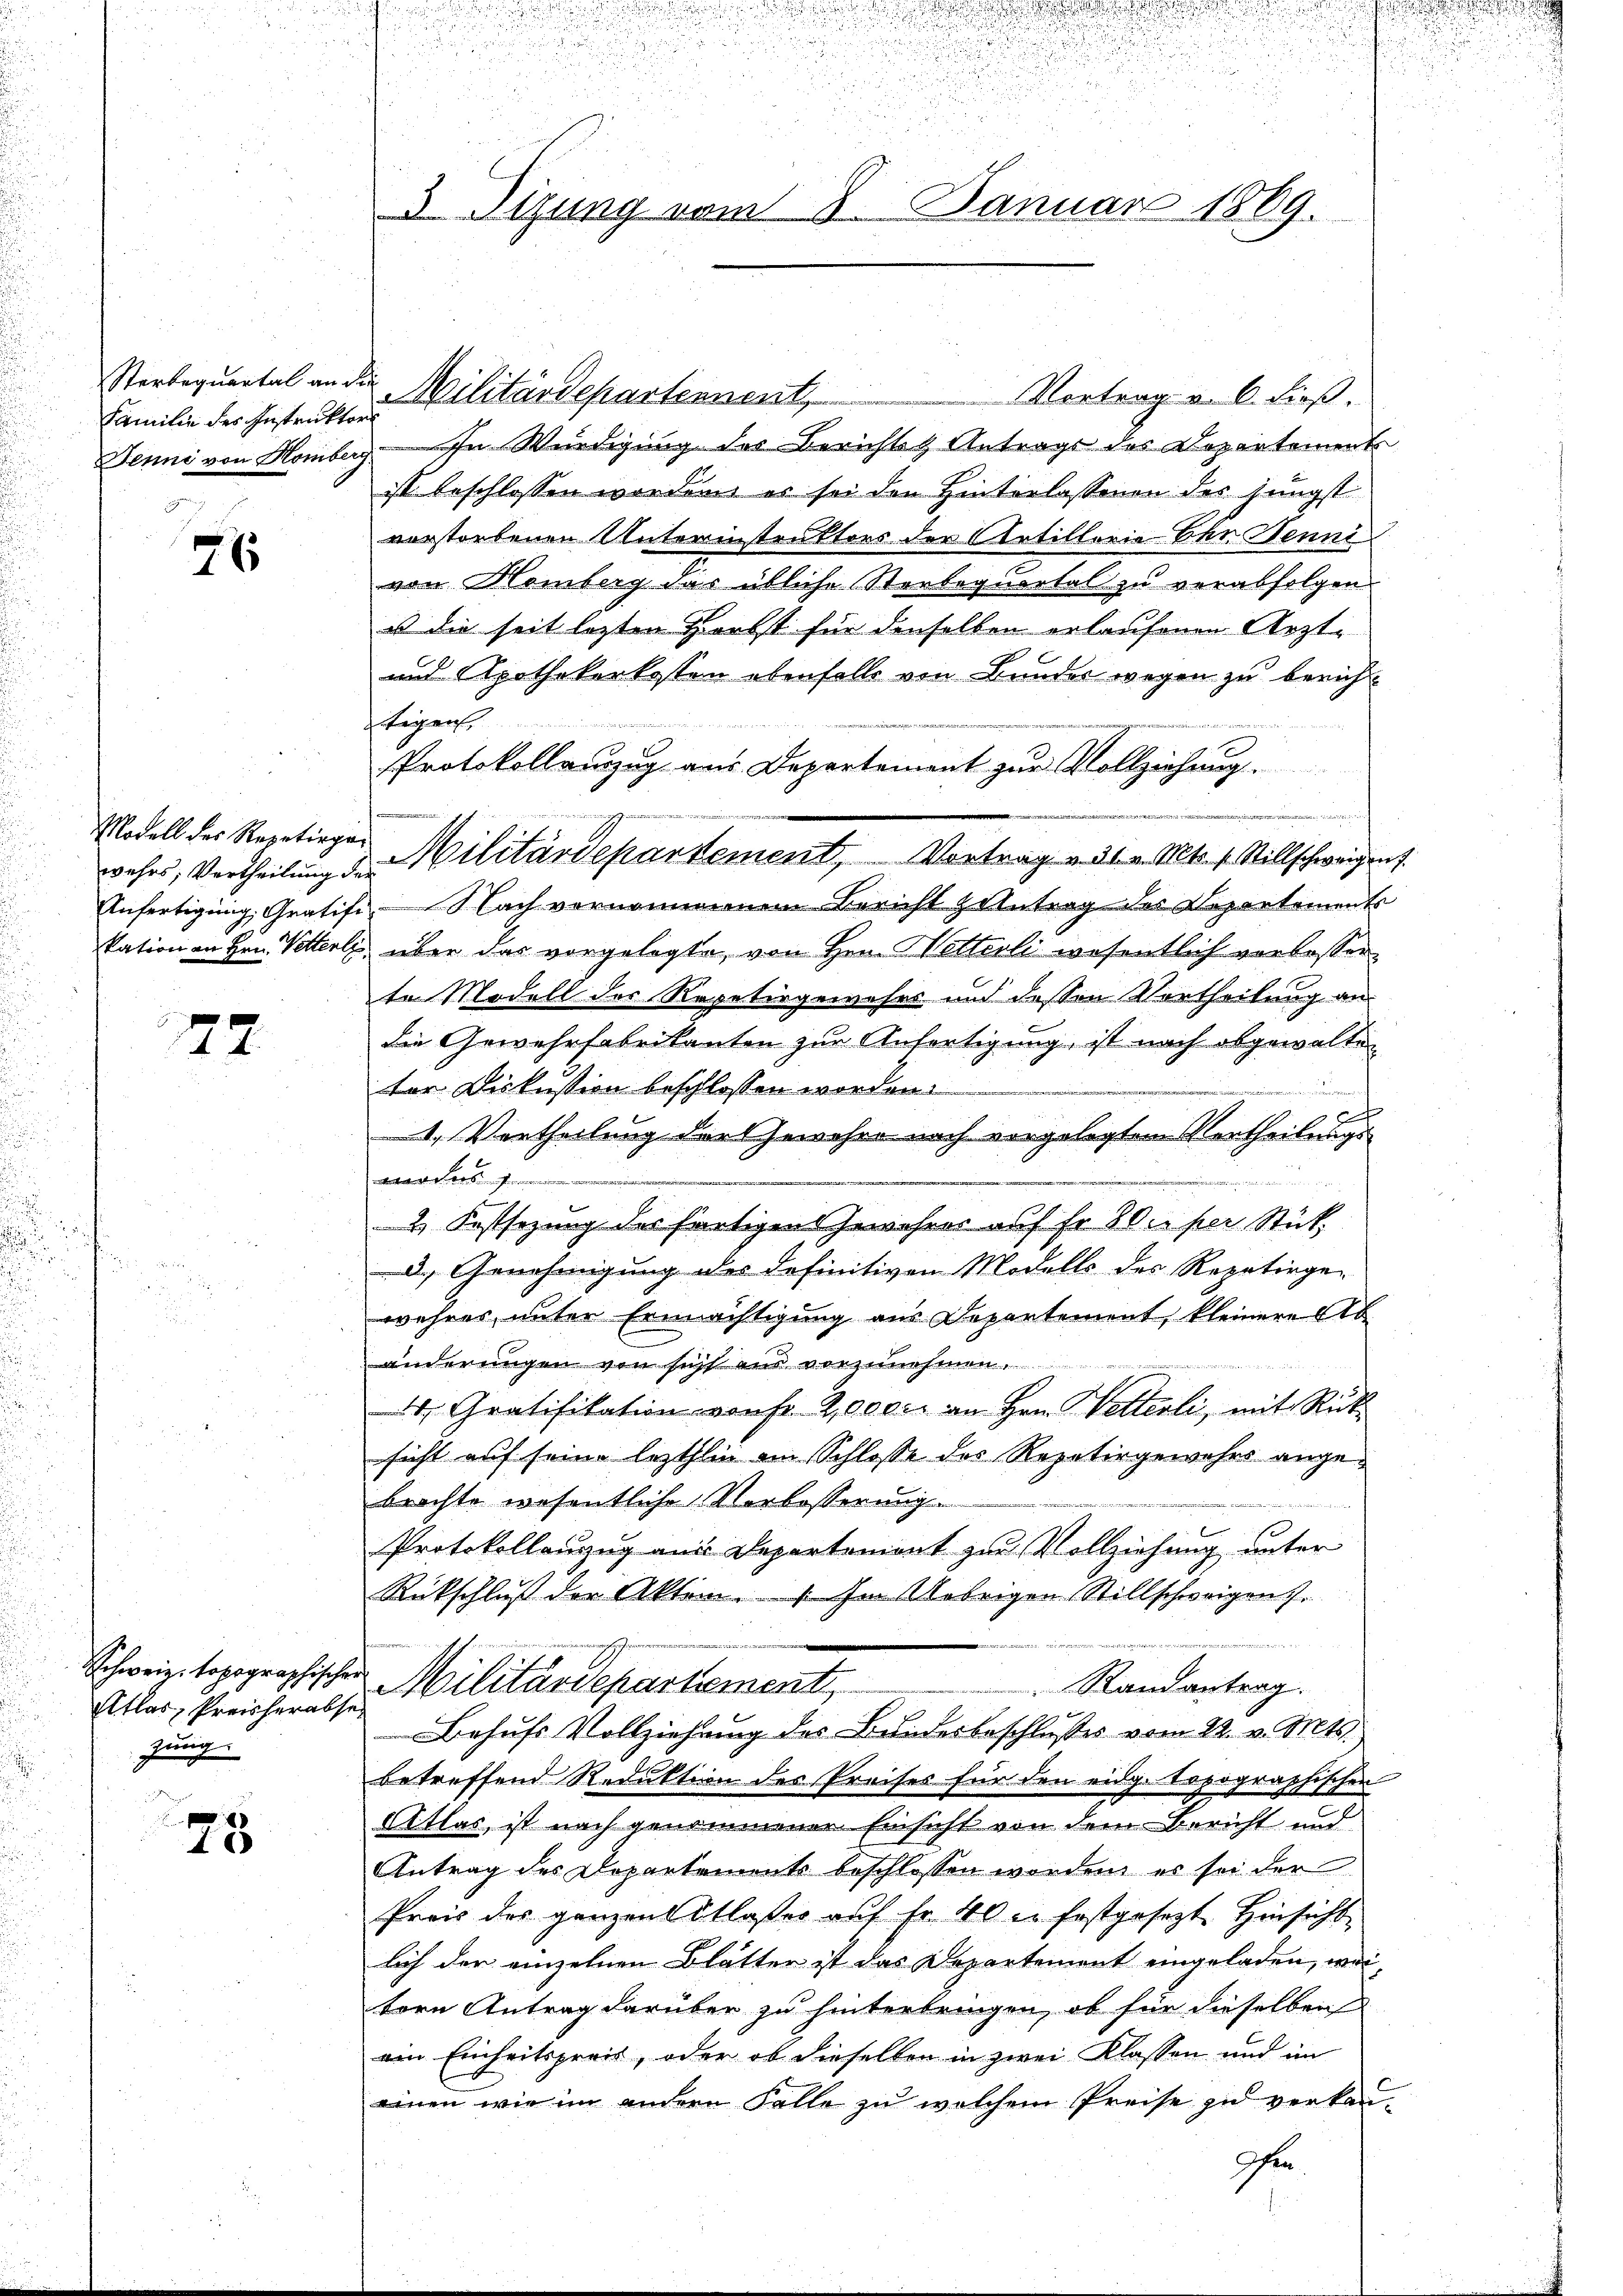
Sterbequartal an die
Familie des Instruktors
g

76

wehrs, Vertheilung der

72

Atlas, Preisherabse
zung.

.
46

dich

.

a

di

For
u

u
d
d

u
3 Tizung vom 8. Januar 1869.

Militärdepartement,

Modell des Repetiegen Militärdepartement, Vortrag v. 26. v. Mts. f. Stillschweigent.

n
n

Vortrag v. 6. dieß.
Jenne von Homberg. In Würdigung des Berichtet Antrags des Departements
ist beschlossen worden, es sei den Hinterlassenen des jüngst
vorstorbenen Unterinstruktors der Artillerie Ehr Benni
von Homberg das übliche Sterbequartal zu verabfolgen.
ust die seit lezten Herbst für denselben erlaufenen Ärzt¬
und Apothekerkosten ebenfalls von Bunder wegen zu berich¬
Eigens
Protokollauszug aus Departement zur Vollziehung.
n
Anfertigung, Gratifi-Nach vernommenen Bericht zentrag des Departements
kation an Hrn. Vetterli, über das vorgelegte, von Hrn. Wetterli wesentlich verlasserte Modell des Repetirgeweses und dessen Vortheilung an
die Gewehrfabrikanten zur Anfertigung, ist nach abgewalten
ter Diskussion beschlossen worden.
r
d
1. Vertheilung der Gewahre nach vorgelegtem Vertheilungswerders
2. Festsezung des fertigen Gewehrer auf fr. 80c per Stück
d. Genehmigung des definitiven Modells des Repetirge-
wehres unter Ermächtigung aus Departement, kleinere Ab
änderungen von sicht ein vorzunehmen.
44, Gratifikation von fr. 2,000. an Hrn. Wetterli, mit Rücksicht auf seine lezthin am Schlosse des Repetirgewehrs angebrachte wesentliche Vorbesserung.

Protokollanzug aus Departement zur Vollziehung unter
Rückschluß der Akten. Im Uebrigen Stillschweigen.
t
Schweiz topographischer Militärdepartement,
Randantrag.
Behufs Vollziehung des Bundesbeschlusses vom 22. v. Mts.
betreffend Reduktion des Preises für den eidg. topographischen
Atlas, ist nach genommener Einsicht von dem Bericht und
Antrag des Departements beschlossen worden, es sei der
Preis der ganzensstloses auf fr. 40 l. festgesezt Hinsicht
lich der einzelnen Blätter ist das Departement eingeladen, wei
tern Antrag darüber zu hinterbringen, ob für dieselben
ein Einheitspreis, oder ob dieselben in zwei Klassen und im
einen wie im andern Falle zu welchem Preise zu verkan¬
Ihe.